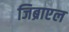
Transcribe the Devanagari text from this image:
जिब्राएल